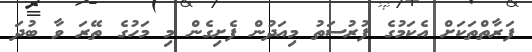
ފަރާތްތަކަށް އެކަމުގެ ފުރުސަތު މިއަދުން ފެށިގެން މި މަހުގެ ތޭރަ ވާ ބުދަ